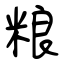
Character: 粮